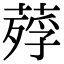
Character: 𦹡